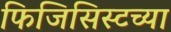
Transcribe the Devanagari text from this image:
फिजिसिस्टच्या